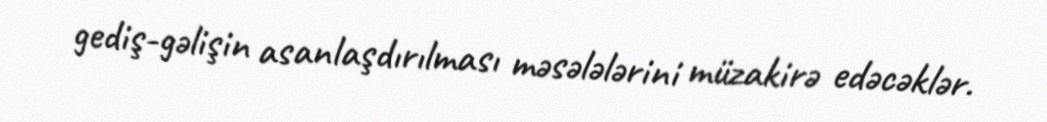
gediş-gəlişin asanlaşdırılması məsələlərini müzakirə edəcəklər.